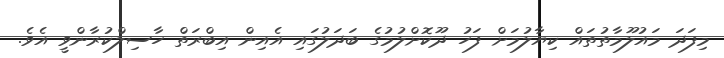
މިފަދަ މައުލޫމާތުތައް ކިޔާލުމަށް ފަހު ދޫކޮށްލުމުގެ ބަދަލުގައި އެއިން އިބްރަތް ހާސިލްކުރާންވީ އެވެ.